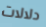
دلالات